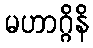
မဟာဂ္ဂိနိ